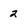
Character: 2